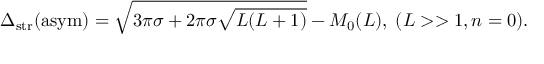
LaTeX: \Delta _ { \mathrm { s t r } } ( \mathrm { a s y m } ) = \sqrt { 3 \pi \sigma + 2 \pi \sigma \sqrt { L ( L + 1 ) } } - M _ { 0 } ( L ) , \; ( L > > 1 , n = 0 ) .